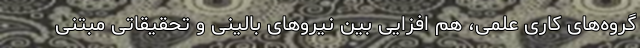
گروه‌های کاری علمی، هم افزایی بین نیروهای بالینی و تحقیقاتی مبتنی